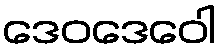
ဒေဝဒေဝေါ